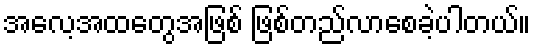
အလေ့အထတွေအဖြစ် ဖြစ်တည်လာစေခဲ့ပါတယ်။